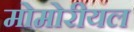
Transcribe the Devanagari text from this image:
मोमोरीयल